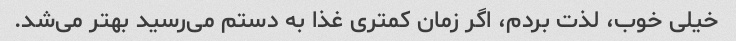
خیلی خوب، لذت بردم، اگر زمان کمتری غذا به دستم می‌رسید بهتر می‌شد.